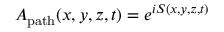
A _ { \mathrm { p a t h } } ( x , y , z , t ) = e ^ { i S ( x , y , z , t ) }